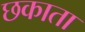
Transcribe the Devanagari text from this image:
छकाता